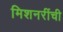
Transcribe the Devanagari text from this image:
मिशनरींची